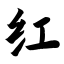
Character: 红